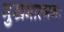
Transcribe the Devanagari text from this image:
मुखमात्मनः